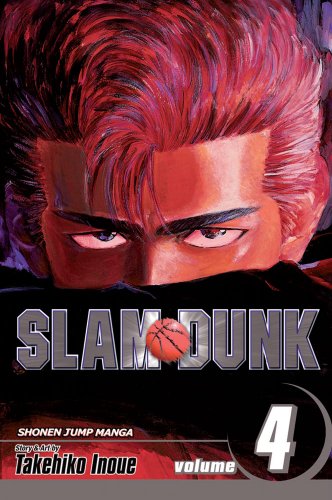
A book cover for Slam Dunk, Vol. 4; Takehiko Inoue; Comics & Graphic Novels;